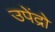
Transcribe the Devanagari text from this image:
उपेंद्रो